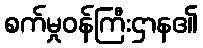
စက်မှုဝန်ကြီးဌာန၏